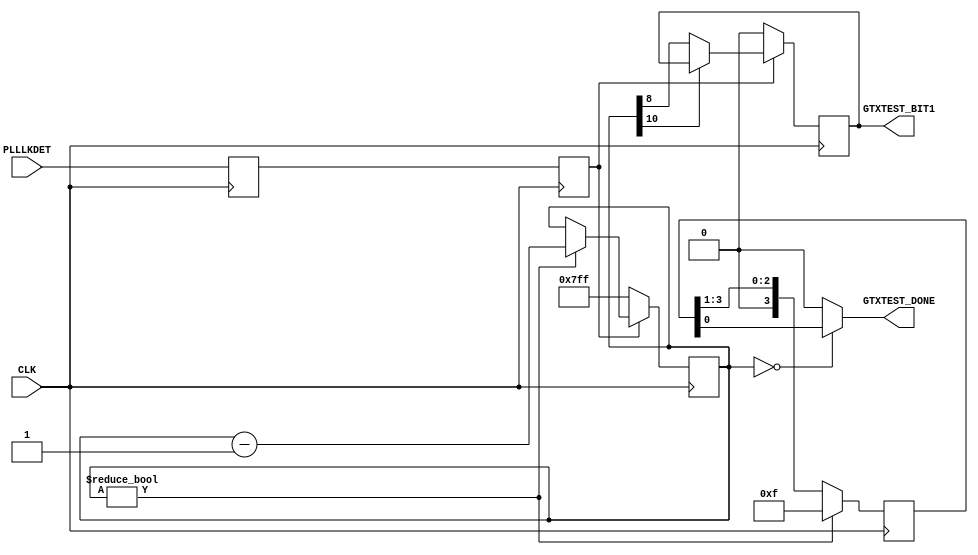
///////////////////////////////////////////////////////////////////////////////
//   ____  ____
//  /   /\/   /
// /___/  \  /    Vendor: Xilinx 
// \   \   \/     Version : 1.12
//  \   \         Application : Virtex-6 FPGA GTX Transceiver Wizard
//  /   /         Filename : double_reset.v
// /___/   /\     
// \   \  /  \ 
//  \___\/\___\
//
//
// Module DOUBLE_RESET
// Generated by Xilinx Virtex-6 FPGA GTX Transceiver Wizard
// 
// 
// (c) Copyright 2009-2011 Xilinx, Inc. All rights reserved.
// 
// This file contains confidential and proprietary information
// of Xilinx, Inc. and is protected under U.S. and
// international copyright and other intellectual property
// laws.
// 
// DISCLAIMER
// This disclaimer is not a license and does not grant any
// rights to the materials distributed herewith. Except as
// otherwise provided in a valid license issued to you by
// Xilinx, and to the maximum extent permitted by applicable
// law: (1) THESE MATERIALS ARE MADE AVAILABLE "AS IS" AND
// WITH ALL FAULTS, AND XILINX HEREBY DISCLAIMS ALL WARRANTIES
// AND CONDITIONS, EXPRESS, IMPLIED, OR STATUTORY, INCLUDING
// BUT NOT LIMITED TO WARRANTIES OF MERCHANTABILITY, NON-
// INFRINGEMENT, OR FITNESS FOR ANY PARTICULAR PURPOSE; and
// (2) Xilinx shall not be liable (whether in contract or tort,
// including negligence, or under any other theory of
// liability) for any loss or damage of any kind or nature
// related to, arising under or in connection with these
// materials, including for any direct, or any indirect,
// special, incidental, or consequential loss or damage
// (including loss of data, profits, goodwill, or any type of
// loss or damage suffered as a result of any action brought
// by a third party) even if such damage or loss was
// reasonably foreseeable or Xilinx had been advised of the
// possibility of the same.
// 
// CRITICAL APPLICATIONS
// Xilinx products are not designed or intended to be fail-
// safe, or for use in any application requiring fail-safe
// performance, such as life-support or safety devices or
// systems, Class III medical devices, nuclear facilities,
// applications related to the deployment of airbags, or any
// other applications that could lead to death, personal
// injury, or severe property or environmental damage
// (individually and collectively, "Critical
// Applications"). Customer assumes the sole risk and
// liability of any use of Xilinx products in Critical
// Applications, subject only to applicable laws and
// regulations governing limitations on product liability.
// 
// THIS COPYRIGHT NOTICE AND DISCLAIMER MUST BE RETAINED AS
// PART OF THIS FILE AT ALL TIMES. 



`timescale 1ns / 1ps
`define DLY #1

module DOUBLE_RESET
(
        input   CLK,
        input   PLLLKDET,
        output  GTXTEST_DONE,
        output  GTXTEST_BIT1
);

   reg              plllkdet_sync;
   reg              plllkdet_r;
   reg    [10:0]    reset_dly_ctr;
   reg              reset_dly_done;
   reg    [3:0]     testdone_f;


        always @(posedge CLK)
        begin
          plllkdet_r    <= `DLY PLLLKDET;
          plllkdet_sync <= `DLY plllkdet_r;
        end

        assign GTXTEST_BIT1  = reset_dly_done; 
        assign GTXTEST_DONE  = (reset_dly_ctr == 11'd0)? testdone_f[0] : 1'b0;

        always @(posedge CLK)
        begin
          if (!plllkdet_sync) 
              reset_dly_ctr <= `DLY 11'h7FF;
          else if (reset_dly_ctr != 11'h000)
              reset_dly_ctr <= `DLY reset_dly_ctr - 1'b1;
        end

        always @(posedge CLK)
        begin
           if (!plllkdet_sync) 
              reset_dly_done <= `DLY 1'b0;
           else if (reset_dly_ctr[10] == 1'b0) 
              reset_dly_done <= `DLY reset_dly_ctr[8];
        end

        always @(posedge CLK)
        begin
           if (reset_dly_ctr != 11'd0)
              testdone_f     <= `DLY 4'b1111;
           else
              testdone_f     <= `DLY {1'b0, testdone_f[3:1]};
        end

endmodule